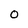
Character: O